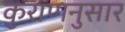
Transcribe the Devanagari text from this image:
कुराणनुसार